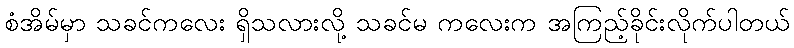
စံအိမ်မှာ သခင်ကလေး ရှိသလားလို့ သခင်မ ကလေးက အကြည့်ခိုင်းလိုက်ပါတယ်